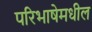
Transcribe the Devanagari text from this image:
परिभाषेमधील